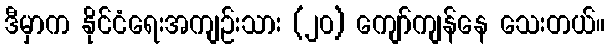
ဒီမှာက နိုင်ငံရေးအကျဉ်းသား (၂၀) ကျော်ကျန်နေ သေးတယ်။